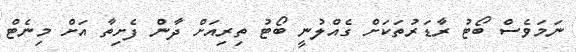
ނަމަވެސް ބޯޓު ރާޑަރުތަކަށް ގެއްލުނީ ބޯޓު ތިރިއަށް ދާން ފެށިތާ އަށް މިނެޓް